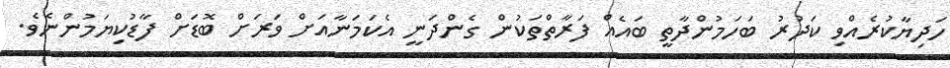
ހަދިޔާކުރެއްވި ކަދުރު ބަހަމުންދާތީ ބައެއް ފަރާތްތަކުން ގެންދަނީ އެކަމަނާއަށް ވަރަށް ބޮޑަށް ފާޑުކިޔަމުންނެވެ.